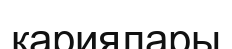
қариялары